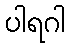
ပါရဂါ